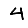
Digit: 4